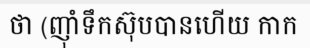
ថា (ញ៉ាំទឹកស៊ុបបានហើយ កាក